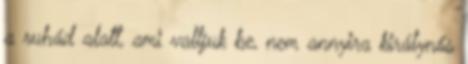
a ruhád alatt, ami valljuk be, nem annyira királynős